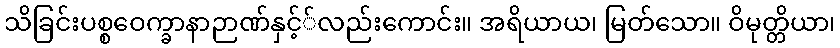
သိခြင်းပစ္စဝေက္ခာနာဉာဏ်နှင့််လည်းကောင်း။ အရိယာယ၊ မြတ်သော။ ဝိမုတ္တိယာ၊